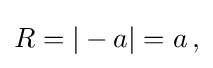
{\textstyle R=|-a|=a\,,}